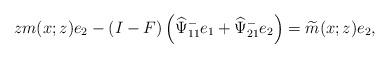
LaTeX: \begin{align*}zm(x;z)e_2-(I-F)\left(\widehat{\Psi}^-_{11} e_1+\widehat{\Psi}^-_{21} e_2\right)=\widetilde{m}(x;z) e_2,\end{align*}